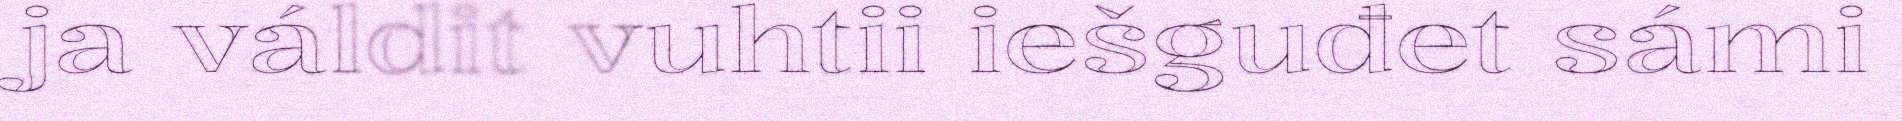
ja váldit vuhtii iešguđet sámi